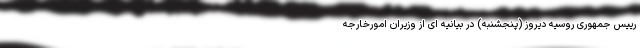
رییس جمهوری روسیه دیروز (پنجشنبه) در بیانیه ای از وزیران امورخارجه